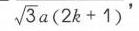
\(\sqrt{3}a(2k + 1)\)，